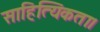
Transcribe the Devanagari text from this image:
साहित्यिकता।